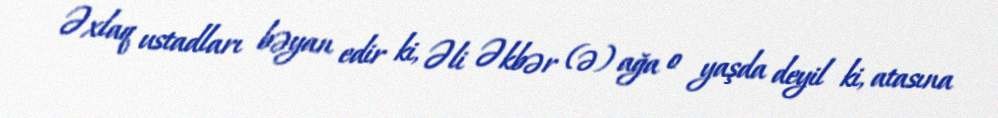
Əxlaq ustadları bəyan edir ki, Əli Əkbər (ə) ağa o yaşda deyil ki, atasına